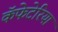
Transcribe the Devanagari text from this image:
कॅफेटेरिया